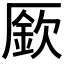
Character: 𠪢